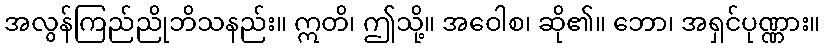
အလွန်ကြည်ညိုဘိသနည်း။ ဣတိ၊ ဤသို့။ အဝေါစ၊ ဆို၏။ ဘော၊ အရှင်ပုဏ္ဏား။